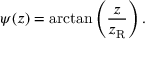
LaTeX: \psi ( z ) = \arctan \left( { \frac { z } { z _ { \mathrm { R } } } } \right) .